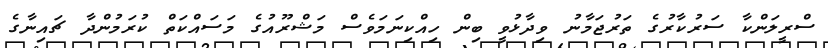
ސްރީލަންކާ ސަރުކާރުގެ ތަރުޖަމާނު ވިދާޅުވީ ބިން ހިއްކިނަމަވެސް މަޝްރޫއުގެ މަސައްކަތް ކުރަމުންދާ ޗައިނާގެ